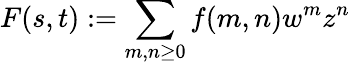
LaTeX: F(s,t):=\sum_{m,n\geq 0}f(m,n)w^{m}z^{n}